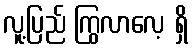
လူ့ပြည် ကြွလာလေ့ ရှိ